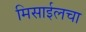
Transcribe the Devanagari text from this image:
मिसाईलचा